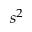
s ^ { 2 }